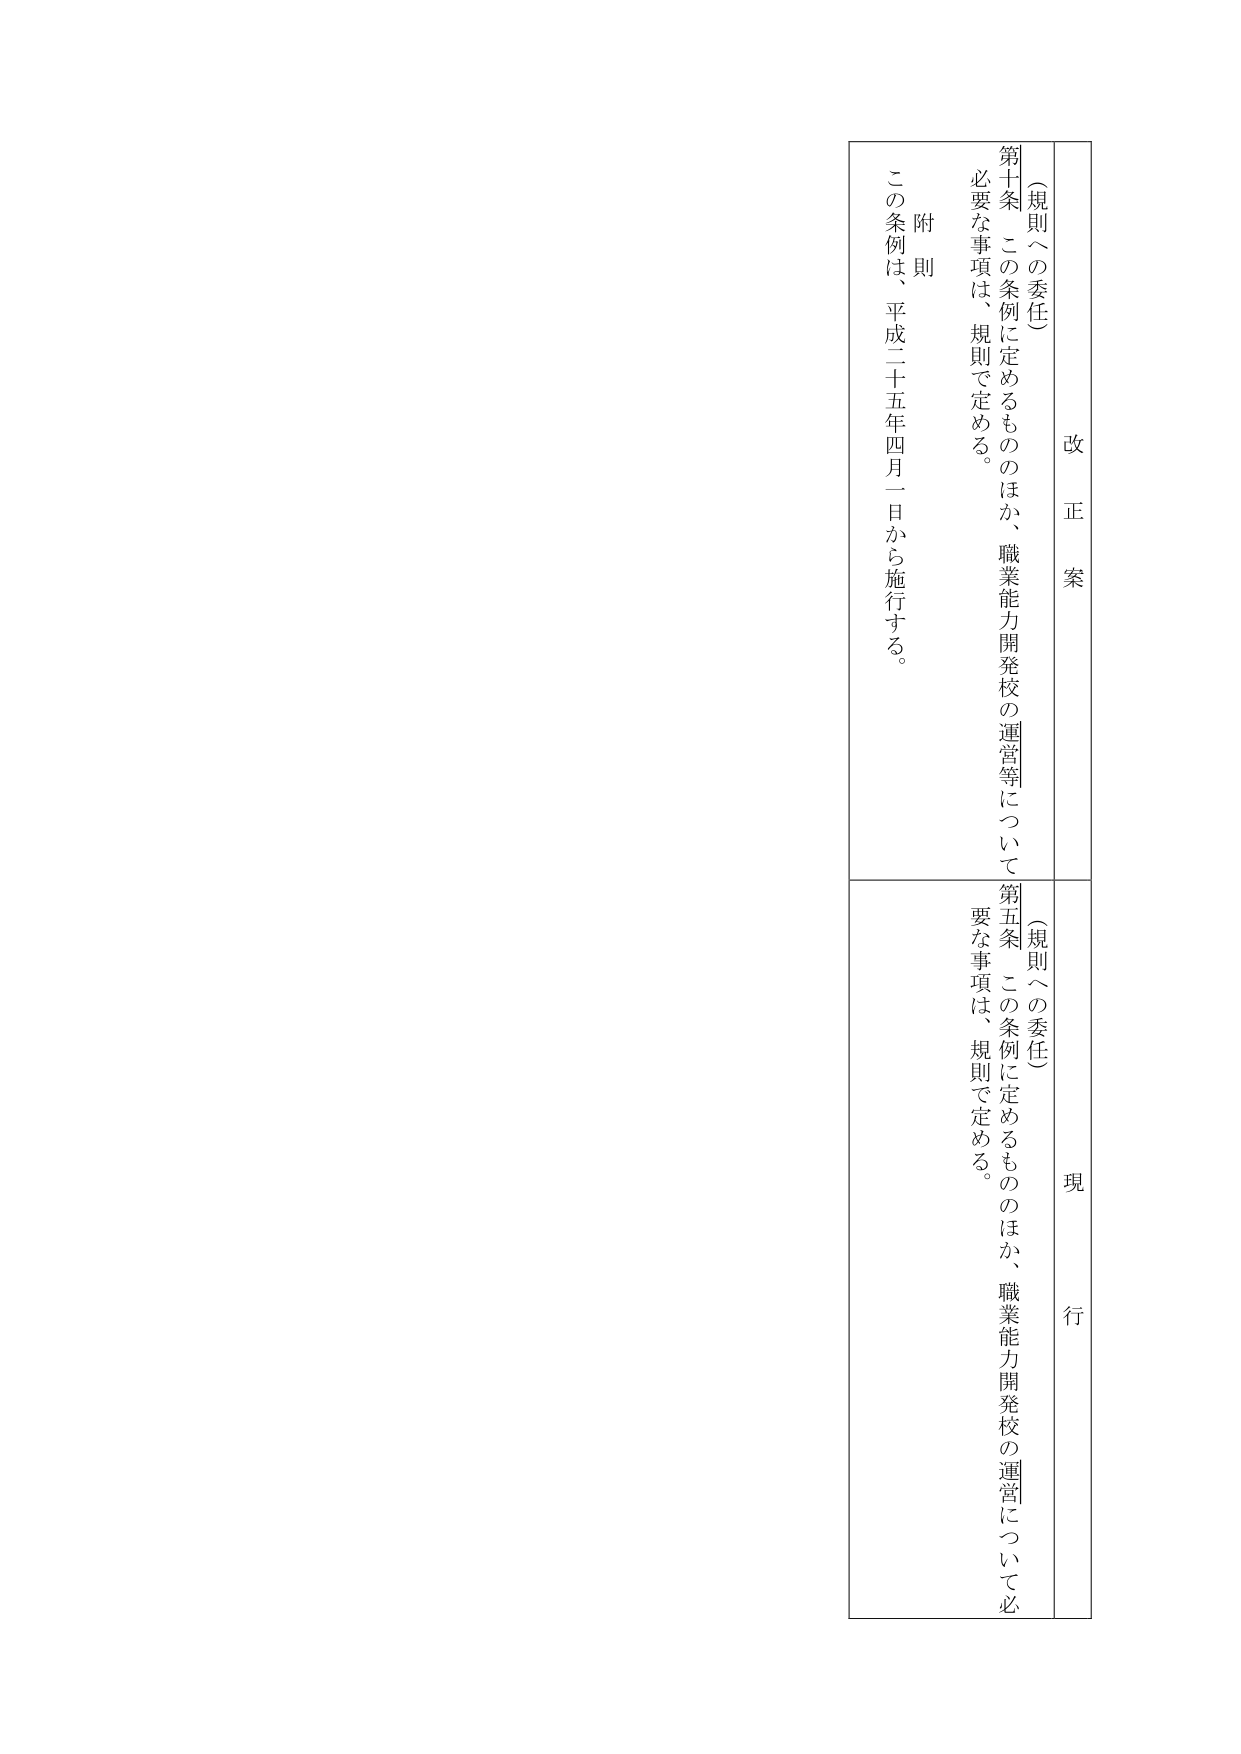
改正案
（規則への委任）
第十条　この条例に定めるもののほか、職業能力開発校の運営等について
必要な事項は、規則で定める。
附則
この条例は、平成二十五年四月一日から施行する。

現行
（規則への委任）
第五条　この条例に定めるもののほか、職業能力開発校の運営について必
要な事項は、規則で定める。